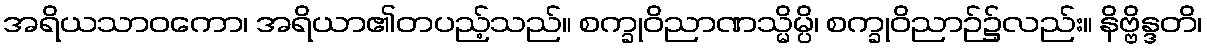
အရိယသာဝကော၊ အရိယာ၏တပည့်သည်။ စက္ခုဝိညာဏသ္မိမ္ပိ၊ စက္ခုဝိညာဉ်၌လည်း။ နိဗ္ဗိန္ဒတိ၊